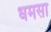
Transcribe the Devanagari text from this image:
धमसा